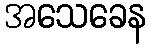
အသေခေန